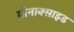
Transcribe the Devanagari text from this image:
मोनाक्साइड